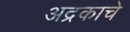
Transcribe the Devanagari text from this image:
अद्रकाचे